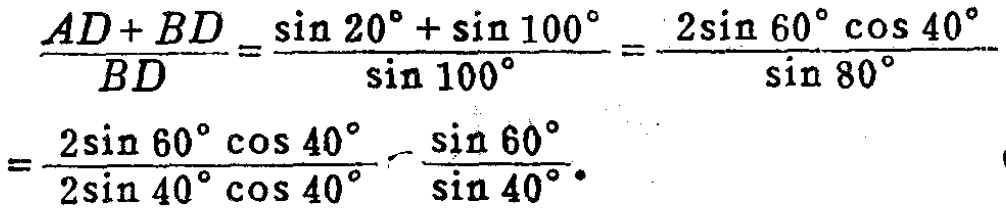
\[\frac{AD + BD}{BD}=\frac{\sin20^{\circ}+\sin100^{\circ}}{\sin100^{\circ}}=\frac{2\sin60^{\circ}\cos40^{\circ}}{\sin80^{\circ}}=\frac{2\sin60^{\circ}\cos40^{\circ}}{2\sin40^{\circ}\cos40^{\circ}}=\frac{\sin60^{\circ}}{\sin40^{\circ}}.\]